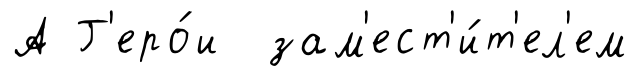
А Г'еро́и зам'ест'и́т'ел'ем